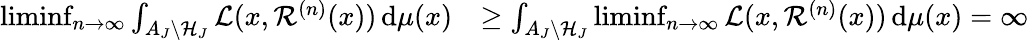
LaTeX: \begin{array}{rl}{\operatorname*{liminf}_{n\to\infty}\int_{A_{J}\backslash\mathcal H_{J}}\mathcal L(x,\mathcal R^{(n)}(x))\, \mathrm{d}\mu(x)}&{\ge\int_{A_{J}\backslash\mathcal H_{J}}\operatorname*{liminf}_{n\to\infty}\mathcal L(x,\mathcal R^{(n)}(x))\, \mathrm{d}\mu(x)=\infty}\end{array}